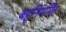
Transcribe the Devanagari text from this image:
बहुनिगमित